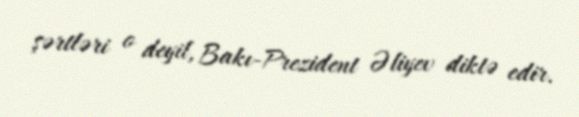
şərtləri o deyil, Bakı-Prezident Əliyev diktə edir.